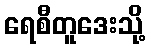
ရေစီတူဒေးသို့